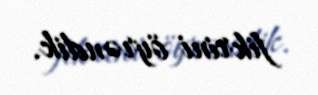
fikrini öyrəndik.